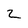
Character: 2